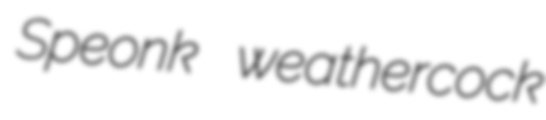
Speonk weathercock